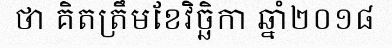
ថា គិតត្រឹមខែវិច្ឆិកា ឆ្នាំ២០១៨